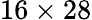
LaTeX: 16\times 28